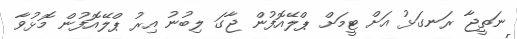
ނަތީޖާ ރަނގަޅު އަށް ޓީމަށް ޕްލޭއޮފުން ޖާގަ ލިބުނު އިރު ޕްލޭއޮފުން މޮޅުވާ